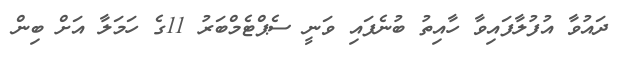
ދައުވާ އުފުލާފައިވާ ހާއިތު ބުނެފައި ވަނީ ސެޕްޓެމްބަރު 11ގެ ހަމަލާ އަށް ބިން